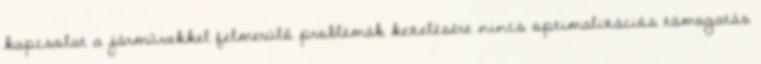
kapcsolat a járművekkel felmerülő problémák kezelésére nincs optimalizációs támogatás